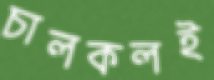
চালকলই